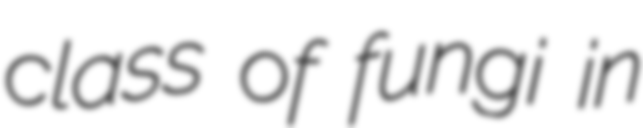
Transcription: class of fungi in